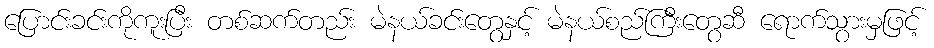
ပြောင်းခင်းကိုကူးပြီး တစ်ဆက်တည်း မဲနယ်ခင်းတွေနှင့် မဲနယ်စည်ကြီးတွေဆီ ရောက်သွားမှဖြင့်